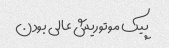
پیک موتوریش عالی بودن